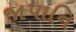
જાપાનિ